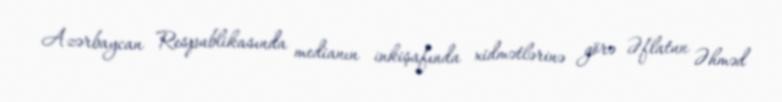
Azərbaycan Respublikasında medianın inkişafında xidmətlərinə görə Əflatun Əhməd